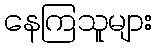
နေကြသူများ